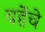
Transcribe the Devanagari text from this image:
वहेंचे